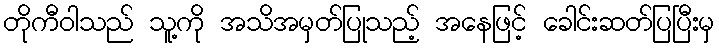
တိုကီဝါသည် သူ့ကို အသိအမှတ်ပြုသည့် အနေဖြင့် ခေါင်းဆတ်ပြပြီးမှ